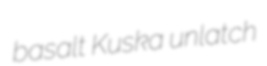
basalt Kuska unlatch